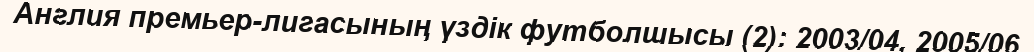
Англия премьер-лигасының үздік футболшысы (2): 2003/04, 2005/06